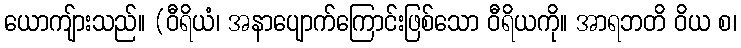
ယောကျ်ားသည်။ (ဝီရိယံ၊ အနာပျောက်ကြောင်းဖြစ်သော ဝီရိယကို။ အာရဘတိ ဝိယ စ၊